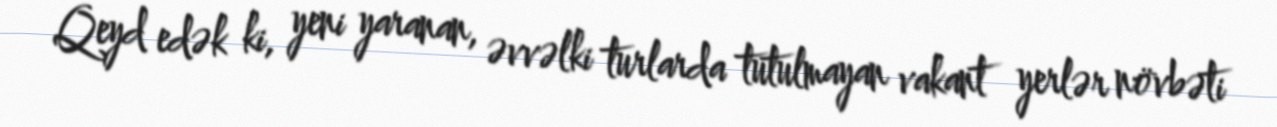
Qeyd edək ki, yeni yaranan, əvvəlki turlarda tutulmayan vakant yerlər növbəti